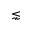
\lnsim